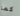
كما